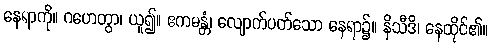
နေရာကို။ ဂဟေတွာ၊ ယူ၍။ ဧကမန္တံ၊ လျောက်ပတ်သော နေရာ၌။ နိသီဒိ၊ နေထိုင်၏။